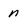
Character: n